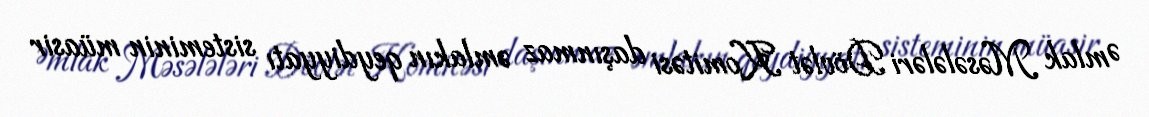
Əmlak Məsələləri Dövlət Komitəsi daşınmaz əmlakın qeydiyyatı sisteminin müasir